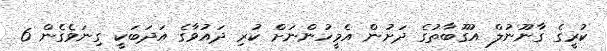
ކުރީގެ ގާނޫނުލް އުގޫބާތުގެ ދަށުން އެމީހުންނަށް ކުރި ދައުވާގެ އަދަބަކީ ގިނަވެގެން 6